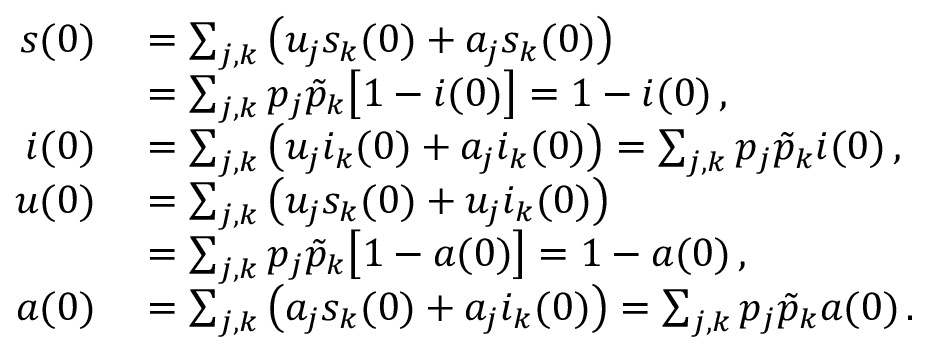
\begin{array} { r l } { s ( 0 ) } & { { } = \sum _ { j , k } \big ( u _ { j } s _ { k } ( 0 ) + a _ { j } s _ { k } ( 0 ) \big ) } \\ { \: } & { { } = \sum _ { j , k } p _ { j } \tilde { p } _ { k } \big [ 1 - i ( 0 ) \big ] = 1 - i ( 0 ) \, , } \\ { i ( 0 ) } & { { } = \sum _ { j , k } \big ( u _ { j } i _ { k } ( 0 ) + a _ { j } i _ { k } ( 0 ) \big ) = \sum _ { j , k } p _ { j } \tilde { p } _ { k } i ( 0 ) \, , } \\ { u ( 0 ) } & { { } = \sum _ { j , k } \big ( u _ { j } s _ { k } ( 0 ) + u _ { j } i _ { k } ( 0 ) \big ) } \\ { \: } & { { } = \sum _ { j , k } p _ { j } \tilde { p } _ { k } \big [ 1 - a ( 0 ) \big ] = 1 - a ( 0 ) \, , } \\ { a ( 0 ) } & { { } = \sum _ { j , k } \big ( a _ { j } s _ { k } ( 0 ) + a _ { j } i _ { k } ( 0 ) \big ) = \sum _ { j , k } p _ { j } \tilde { p } _ { k } a ( 0 ) \, . } \end{array}